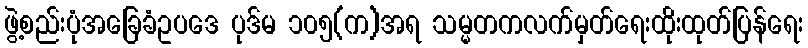
ဖွဲ့စည်းပုံအခြေခံဥပဒေ ပုဒ်မ ၁၀၅(က)အရ သမ္မတကလက်မှတ်ရေးထိုးထုတ်ပြန်ရေး